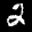
Label: 2